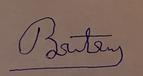
Signature authenticity: forged